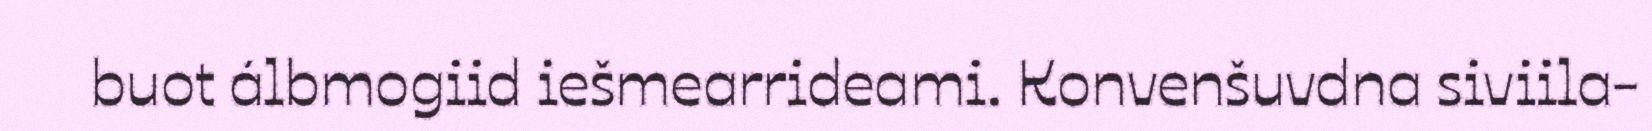
buot álbmogiid iešmearrideami. Konvenšuvdna siviila-